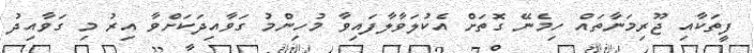
ފީތަކާއި ޖޫރިމަނާތައް ހިމެނޭ ގޮތަށް އެކުލަވާލާފައިވާ މުހިންމު ގަވާއިދަކަށްވާ އިރު މި ގަވާއިދު